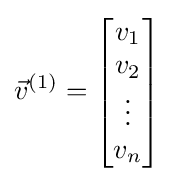
{\vec {v}}^{(1)}={\begin{bmatrix}v_{1}\\v_{2}\\\vdots \\v_{n}\end{bmatrix}}